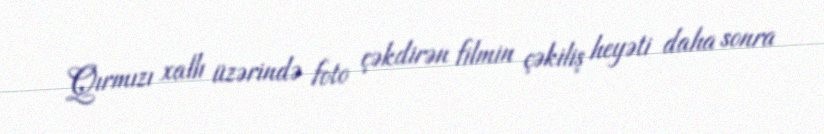
Qırmızı xallı üzərində foto çəkdirən filmin çəkiliş heyəti daha sonra